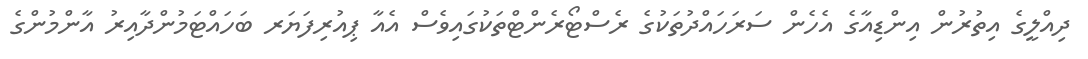
ދިއްލީގެ އިތުރުން އިންޑިއާގެ އެހެން ސަރަހައްދުތަކުގެ ރެސްޓޯރެންޓްތަކުގައިވެސް އެއާ ޕިއުރިފަޔަރ ބަހައްޓަމުންދާއިރު އާންމުންގެ